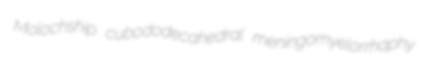
Molochship cubododecahedral meningomyelorrhaphy